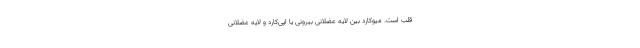
قلب است. میوکارد بین لایه عضلانی بیرونی یا اپی‌کارد و لایه عضلانی